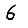
Digit: 6